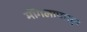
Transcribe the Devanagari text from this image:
मोंगलापासून